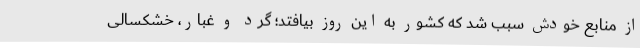
از منابع خودش سبب شد که کشور به این روز بیافتد؛ گرد و غبار، خشکسالی